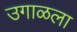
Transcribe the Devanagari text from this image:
उगाळला